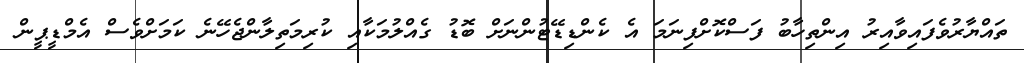
ތައްޔާރުވެފައިވާއިރު އިންތިހާބު ފަސްކޮށްފިނަމަ އެ ކެންޑިޑޭޓުންނަށް ބޮޑު ގެއްލުމަކާއި ކުރިމަތިލާންޖެހޭނެ ކަމަށްވެސް އެމްޑީޕީން